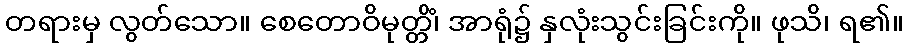
တရားမှ လွတ်သော။ စေတောဝိမုတ္တိံ၊ အာရုံ၌ နှလုံးသွင်းခြင်းကို။ ဖုသိ၊ ရ၏။